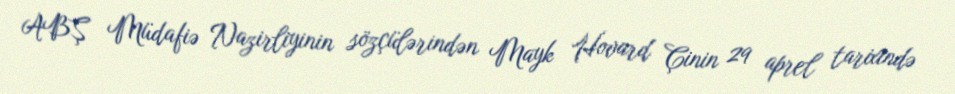
ABŞ Müdafiə Nazirliyinin sözçülərindən Mayk Hovard Çinin 29 aprel tarixində